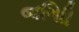
જગાિી